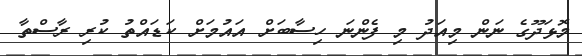
މޮޅަދޫގެ ނަން މިއަދު މި ފެންނަ ހިސާބަށް އައުމަށް ކަޑައްތު ކުރި ރާސްތާ